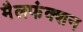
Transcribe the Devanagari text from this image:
मैलफंक्शन